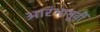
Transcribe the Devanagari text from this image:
आरंभापूर्वी